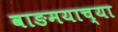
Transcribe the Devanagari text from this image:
वाङमयाच्या